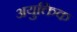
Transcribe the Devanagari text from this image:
अयुक्तिक